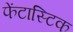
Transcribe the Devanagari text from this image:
फेंटास्टिक